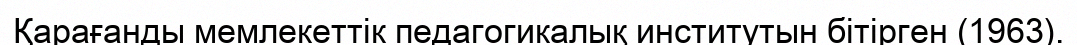
Қарағанды мемлекеттік педагогикалық институтын бітірген (1963).